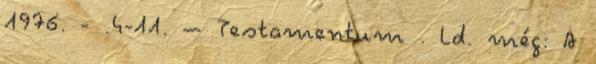
1976. - .4-11. – Testamentum . Ld. még: A